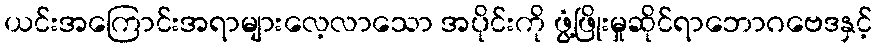
ယင်းအကြောင်းအရာများလေ့လာသော အပိုင်းကို ဖွံ့ဖြိုးမှုဆိုင်ရာဘောဂဗေဒနှင့်